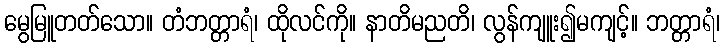
မွေမြူတတ်သော။ တံဘတ္တာရံ၊ ထိုလင်ကို။ နာတိမညတိ၊ လွန်ကျူး၍မကျင့်။ ဘတ္တာရံ၊